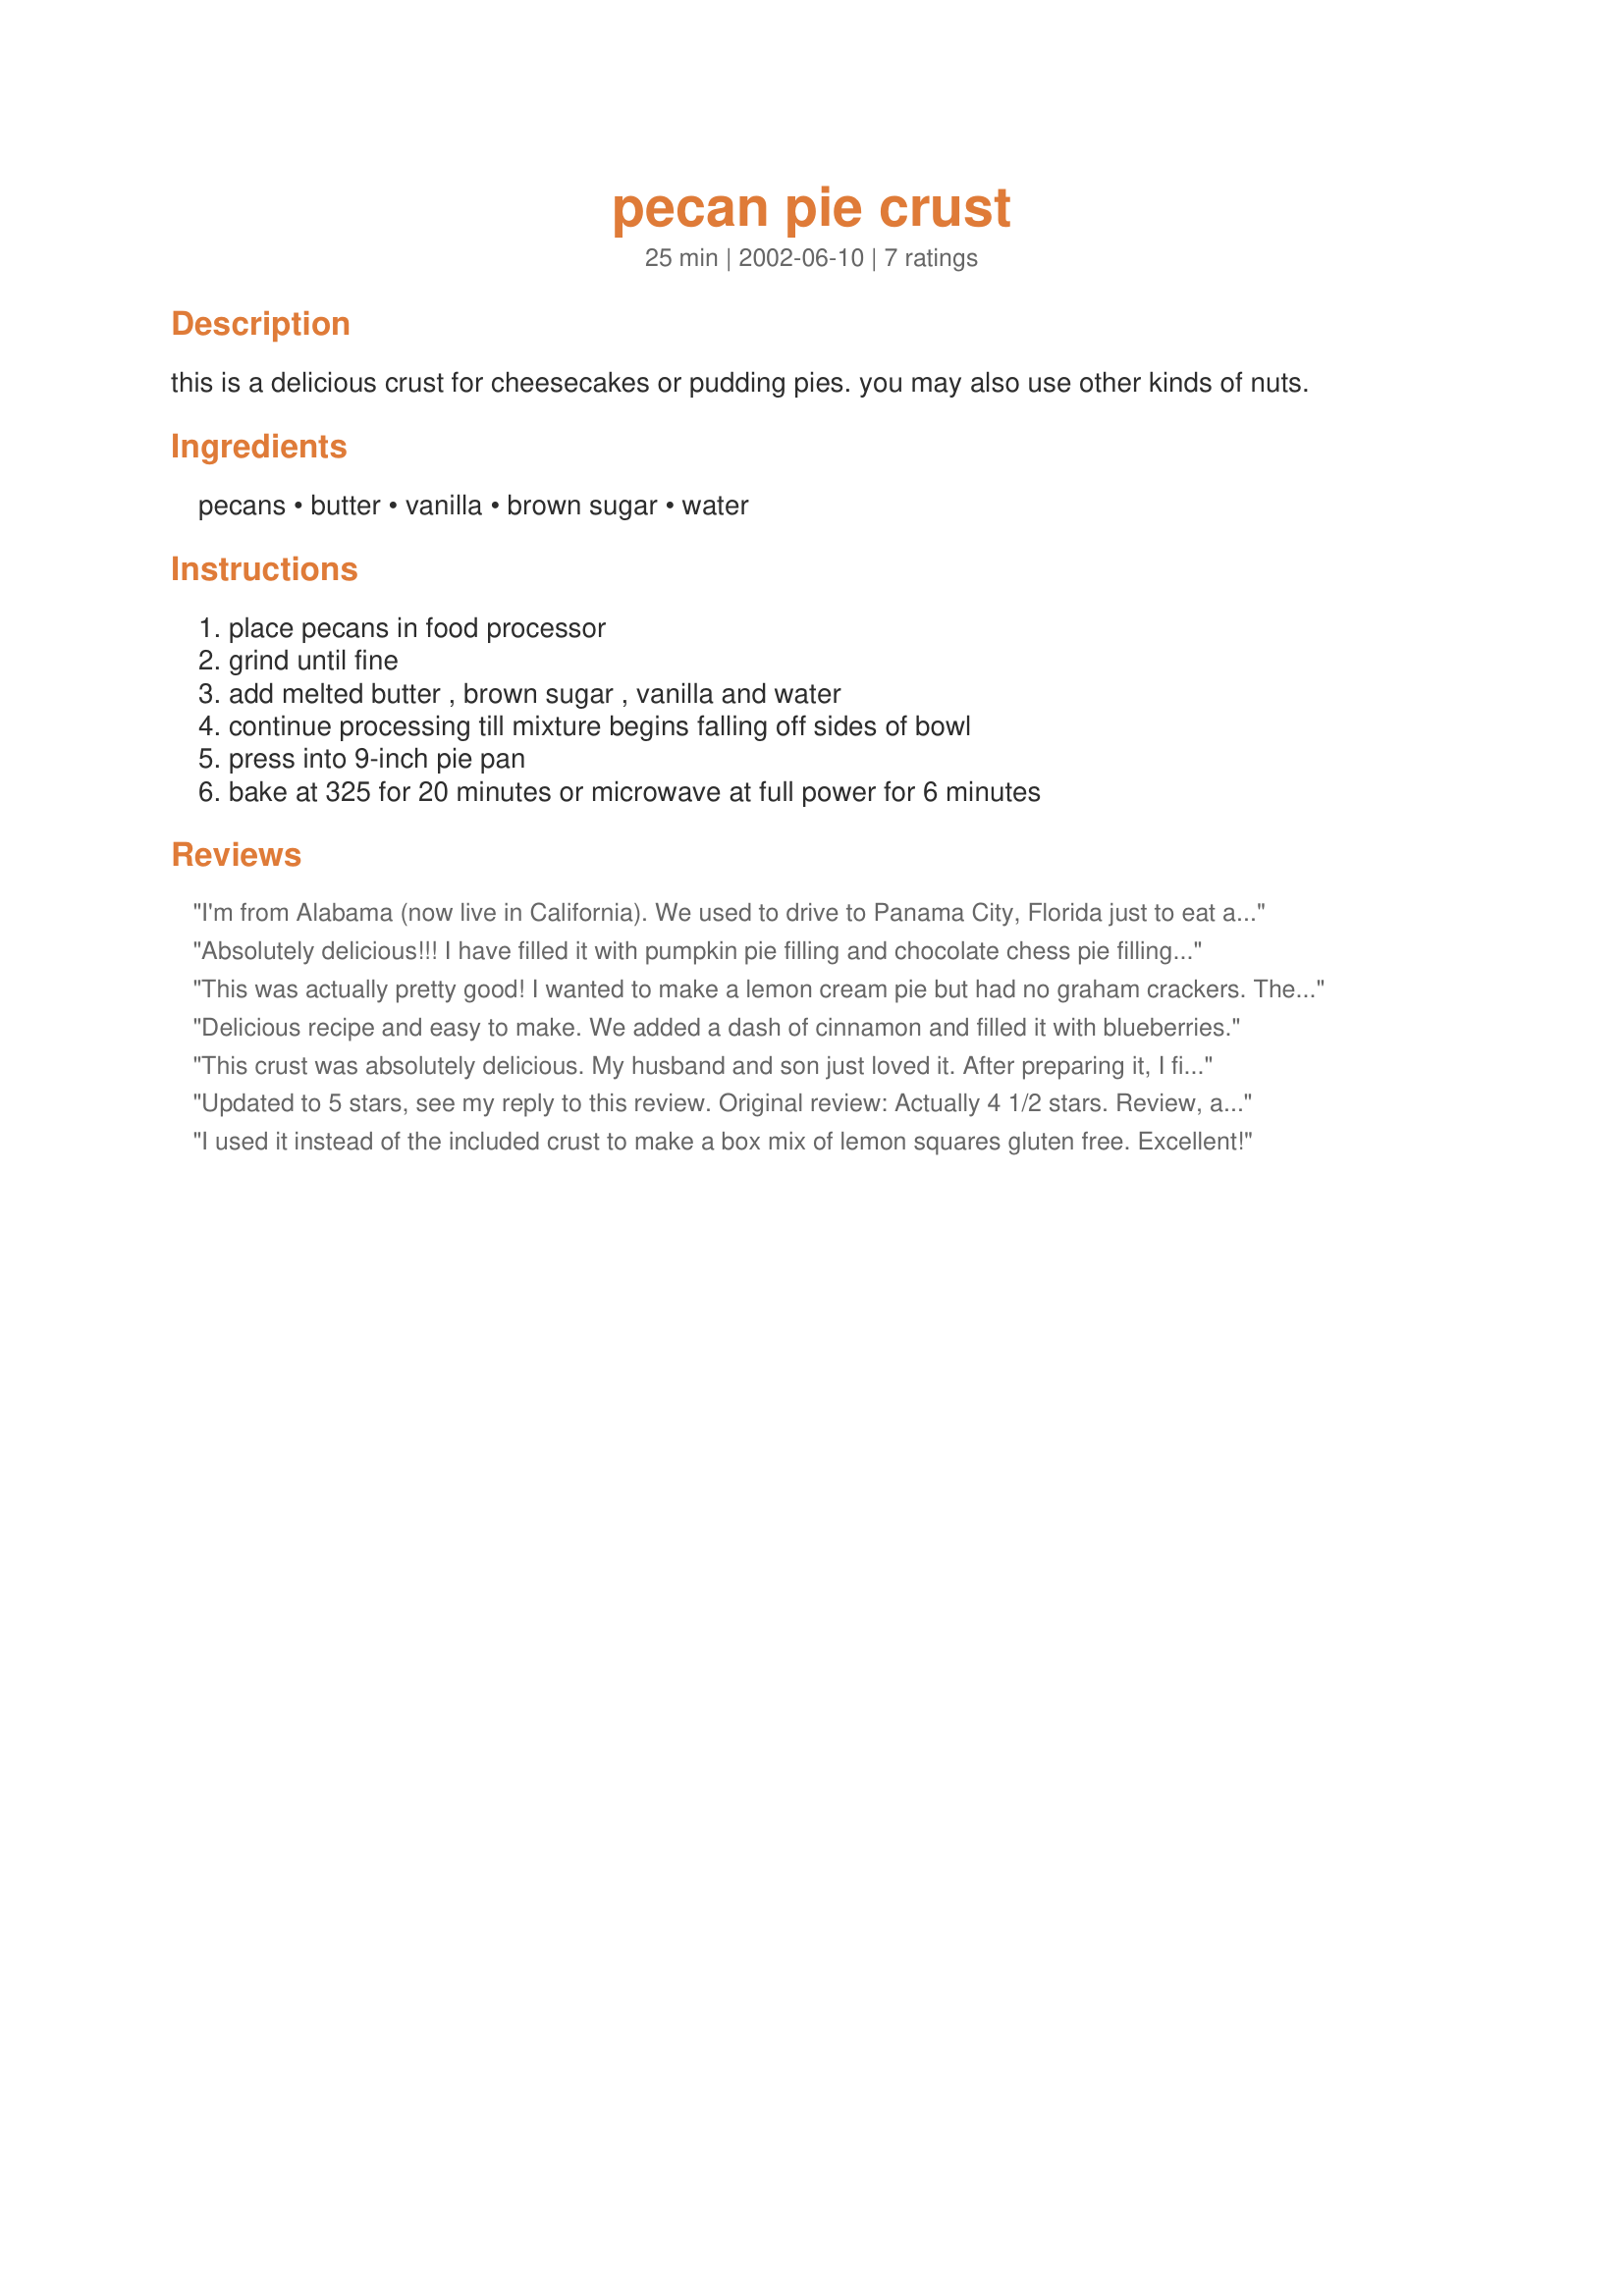
pecan pie crust
Preparation time: 25 minutes

this is a delicious crust for cheesecakes or pudding pies. you may also use other kinds of nuts.

Ingredients:
pecans, butter, vanilla, brown sugar, water

Steps:
place pecans in food processor, grind until fine, add melted butter , brown sugar , vanilla and water, continue processing till mixture begins falling off sides of bowl, press into 9-inch pie pan, bake at 325 for 20 minutes or microwave at full power for 6 minutes

Reviews:
I'm from Alabama (now live in California). We used to drive to Panama City, Florida just to eat at Seven Seas. They had a glorious 3 layer cake called Fued Cake. OMG! It was worth the 6 hour drive. It is 3 nine inch layers of a chiffon type cake that uses pecan meal for the flour. It is iced fairly thickly with whipped cream and, of course, pecan pieces decorate the top. If it wasn't for the fat in the whipping cream (I do not do Coolwhip.....ever), using Splenda for your sweetener would make this the perfect, diabetic super dessert! Can't wait to try it!
Absolutely delicious!!! I have filled it with pumpkin pie filling and chocolate chess pie filling and both versions were loved by all. This is also a delicious gluten free pie crust alternative.
This was actually pretty good! I wanted to make a lemon cream pie but had no graham crackers. The taste is different, but it's still quite good. I'll definitely keep this in mind when my celiac sister-in-law comes calling!
Delicious recipe and easy to make. We added a dash of cinnamon and filled it with blueberries.
This crust was absolutely delicious. My husband and son just loved it. After preparing it, I filled it with a strawberry fluff type filling and chilled the pie...Yum yum...
Updated to 5 stars, see my reply to this review. Original review: Actually 4 1/2 stars. Review, and what I'm going to try next time. Delicious, but somewhat crumbly, it didn't hold together well so was hard to serve pretty slices. I recommend tasting your pecans first to be sure they are fresh and delicious. Mine were fine, but I have had sweeter tasting pecans. I think it would be an improvement if I got the pecans a little finer ground. They looked like the picture, so I thought they were fine enough. The recipe didn't state whether to pack the brown sugar in the spoon, so I didn't, and I think more sugar would also help the crust stick together better. If those tweaks don't do the trick to keep the crust together I will use the hint I saw at LiveStrong, and add a beaten egg white. I think I would lightly butter the pan if I add egg white. I used this crust to make a Boozey Chocolate pudding pie, the recipe for the pudding came from Liquor.com, so you have to be 21. I think this crust would be wonderful with any filling that would taste good with pecans. I am thinking I will try coconut cream, or banana cream. I also think a chocolate caramel would be delish. I would also like to try to make a pecan pie, but am unsure whether to bake the crust twice.
I used it instead of the included crust to make a box mix of lemon squares gluten free. Excellent!
